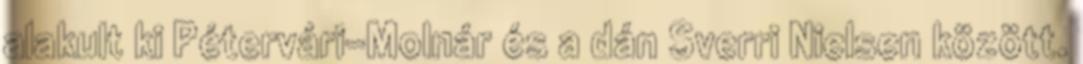
alakult ki Pétervári-Molnár és a dán Sverri Nielsen között.